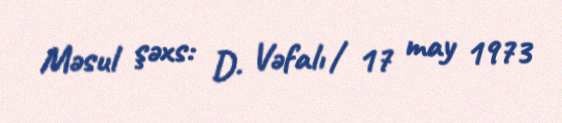
Məsul şəxs: D. Vəfalı / 17 may 1973